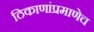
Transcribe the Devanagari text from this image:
ठिकाणांप्रमाणेच